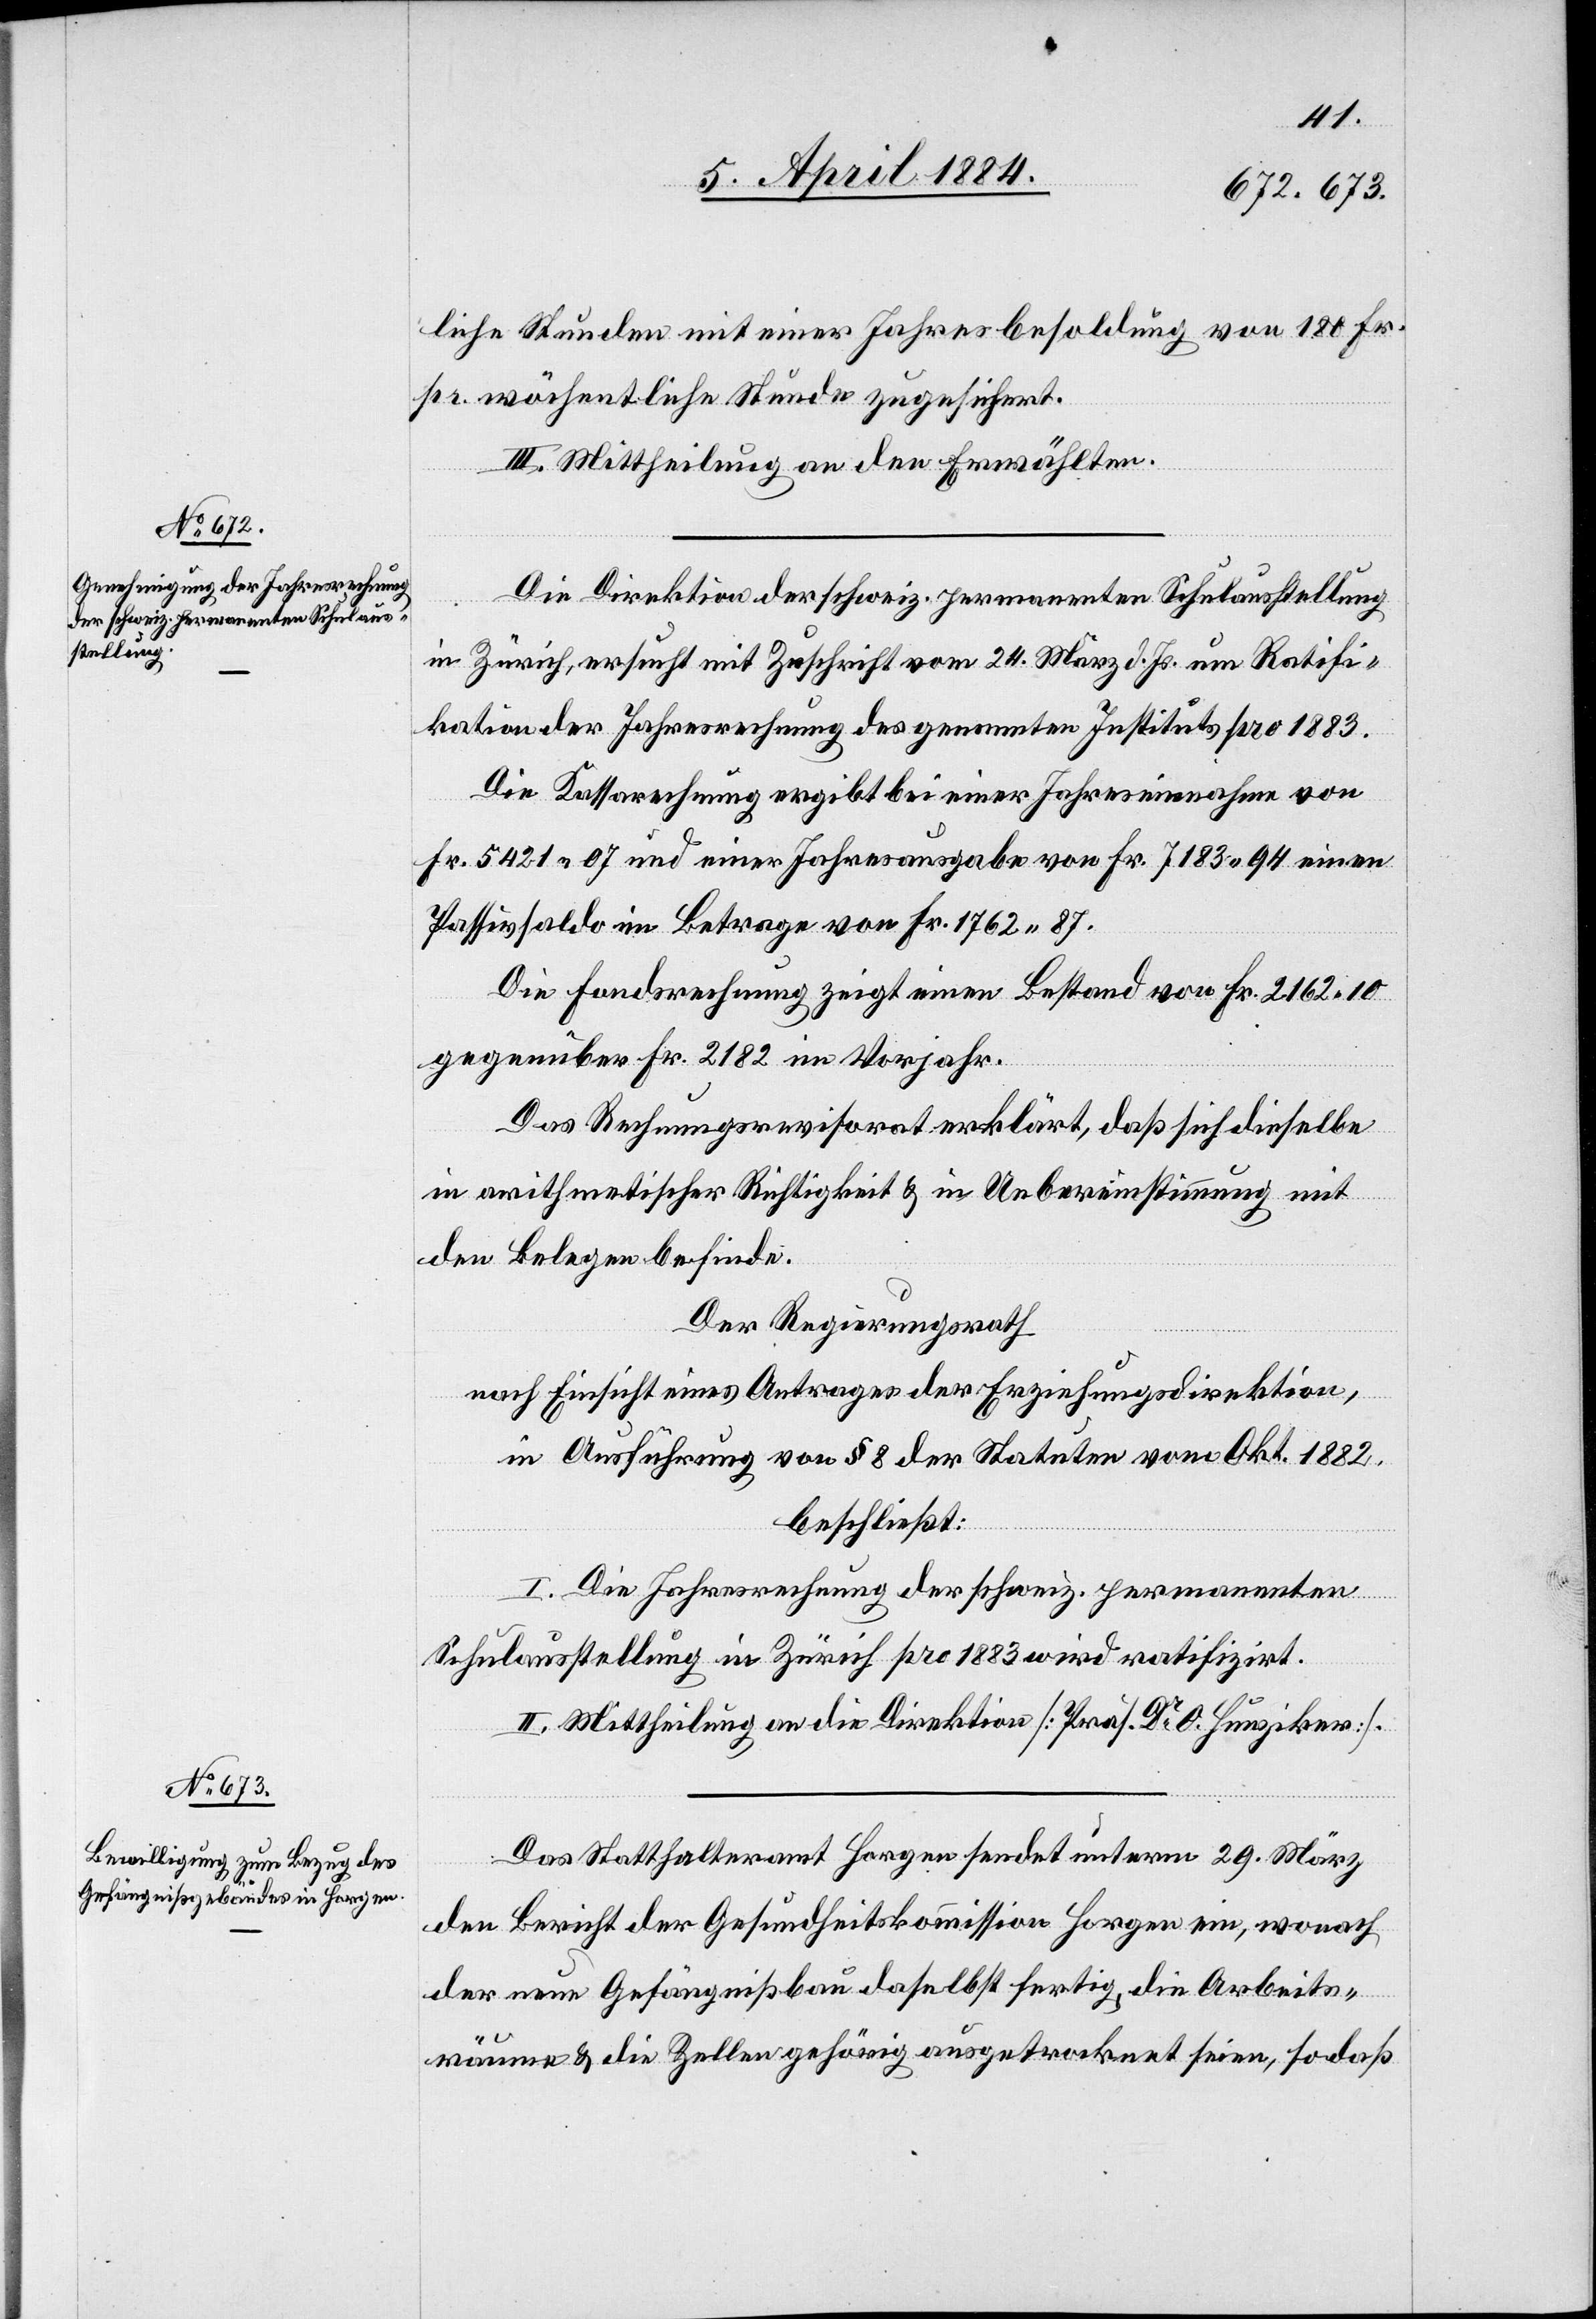
liche Stunden mit einer Jahresbesoldung von 180 Fr.
pr. wöchentliche Stunde zugesichert.
III. Mittheilung an den Erwählten.
Die Direktion der schweiz. permanenten Schulausstellung
in Zürich, ersucht mit Zuschrift vom 24. März d. Js. um Ratifi¬
kation der Jahresrechnung des genannten Instituts pro 1883.
Die Kassarechnung ergibt bei einer Jahreseinnahme von
Fr. 5421 07 und einer Jahresausgabe von Fr. 7183 94 einen
Passivsaldo im Betrage von Fr. 1762 87.
Die Sonderregelung zeigt einen Bestand von Fr. 2162 10
gegenüber Fr. 2182 im Vorjahr.
Das Rechnungsrevisorat erklärt, daß sich dieselbe
in arithmetischer Richtigkeit & in Uebereinstimmung mit
den Belegen befinde.
Der Regierungsrath,
nach Einsicht eines Antrages der Erziehungsdirektion,
in Ausführung von § 8 der Statuten vom Okt. 1882
beschließt:
I. Die Jahresrechnung der schweiz. permanenten
Schulausstellung in Zürich pro 1883 wird ratifizirt.
II. Mittheilung an die Direktion [Präs Dr O. Hunziker].
Das Statthalteramt Horgen sendet unterm 29. März
den Bericht der Gesundheitskommission Horgen ein, wonach
der neue Gefängnißbau daselbst fertig, die Arbeits¬
räume & die Zellen gehörig ausgetrocknet seien, sodaß